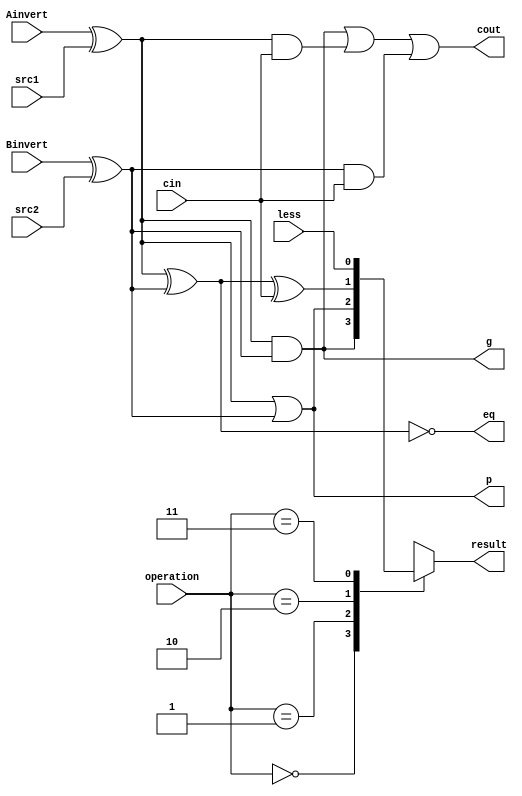
`timescale 1ns/1ps
module alu_1bit(        //7 input 5 output
	input				src1,       
	input				src2,       
	input				less,       //slt 1result1
	input 				Ainvert,  
	input				Binvert,    
    input 				cin,        
	input 	    [2-1:0] operation,  

    output reg          result,     
	output		        cout,       
	output				p,			
	output				g,			
	output				eq	
	);
	

    wire _and,_or_add;
    wire in1,in2;

	assign in1 = Ainvert ^ src1;
	assign in2 = Binvert ^ src2;

	assign _and = in1 & in2; // op=0
	assign _or = in1 | in2;  // op=1
	assign _add = in1 ^ in2 ^ cin; //op=2sum XOR

	assign p = _or;
   	assign g = _and;
	assign eq = ~(in1 ^ in2);//AB eq = 1
	assign cout = (in1 & in2) | (in1 & cin) | (in2 & cin);

	always @ (*) 
		begin
			case(operation)
				2'b00: result = _and;
				2'b01: result = _or;				
				2'b10: result = _add;
				2'b11: result = less;
			endcase
		end

endmodule	//1 bit alu


//--------------------------------------------------------------------------------------------

module cla4(        //3 input  1 output
	input [4-1:0]	G,
	input [4-1:0]	P,
	input			cin,
	output [4-1:0]	cout
	);

	assign cout[0] = G[0] | (P[0] & cin);
   	assign cout[1] = G[1] | (P[1] & G[0]) | (P[1] & P[0] & cin);
  	assign cout[2] = G[2] | (P[2] & G[1]) | (P[2] & P[1] & G[0]) | (P[2] & P[1] & P[0] & cin);
   	assign cout[3] = G[3] | (P[3] & G[2]) | (P[3] & P[2] & G[1]) | (P[3] & P[2] & P[1] & G[0]) | (P[3] & P[2] & P[1] & P[0] & cin);
endmodule	//cla4

//------------------------------------------------------------------------------------------
// 1 bit alu  output eq

/*module alu_4bit(    //7 input 2 output
	input [4-1:0]	src1, 
	input [4-1:0]	src2, 
    input			less, 
    input			Ainvert, 
    input			Binvert, 
    input			cin, 
    input [2-1:0]	operation, 

    output	reg [4-1:0]	result,
    output			    cout
	);

	wire [4-1:0] res;
	wire [4-1:0] per_cout;
	wire [4-1:0] p,g;

	cla4 cl(
		.G(g),
		.P(p),
		.cin(cin),
		.cout(per_cout)
	);
	alu_1bit a1(
		.src1(src1[0]),
        .src2(src2[0]),
        .less(less),
        .Ainvert(Ainvert),
    	.Binvert(Binvert),
        .cin(cin),
        .operation(operation),

        .result(res[0]),
        .p(p[0]),
        .g(g[0])
    );
   alu_1bit a2(
	    .src1(src1[1]),
        .src2(src2[1]),
        .less(less),
        .Ainvert(Ainvert),
        .Binvert(Binvert),
        .cin(per_cout[0]),
        .operation(operation),

        .result(res[1]),
        .p(p[1]),
        .g(g[1])
	);

   alu_1bit a3(
	    .src1(src1[2]),
        .src2(src2[2]),
    	.less(less),
        .Ainvert(Ainvert),
        .Binvert(Binvert),
        .cin(per_cout[1]),
        .operation(operation),
        .result(res[2]),
        .p(p[2]),
        .g(g[2])
    );

   alu_1bit a4(
	    .src1(src1[3]),
        .src2(src2[3]),
        .less(less),
        .Ainvert(Ainvert),
        .Binvert(Binvert),
        .cin(per_cout[2]),
        .operation(operation),
        .result(res[3]),
        .p(p[3]),
        .g(g[3])
    );

	assign cout = per_cout[3];
	always @ (*)
		begin
			result = res;
		end

endmodule //4 bit alu*/

//-----------------------------------------------------------------------------------------------------------
module cla8 (   //3 input 3output
	input [8-1:0] G, 
	input [8-1:0] P, 
    input 	cin,
    output [8-1:0] cout,
	output	Pout,
    output	Gout
    ) ;

   wire   pw, gw;
   
   assign cout[0] = G[0] | (P[0] & cin);
   assign cout[1] = G[1] | (P[1] & G[0]) | (P[1] & P[0] & cin);
   assign cout[2] = G[2] | (P[2] & G[1]) | (P[2] & P[1] & G[0]) | (P[2] & P[1] & P[0] & cin);
   assign cout[3] = G[3] | (P[3] & G[2]) | (P[3] & P[2] & G[1]) | (P[3] & P[2] & P[1] & G[0]) | (P[3] & P[2] & P[1] & P[0] & cin);
   assign cout[4] = G[4] | (P[4] & G[3]) | (P[4] & P[3] & G[2]) | (P[4] & P[3] & P[2] & G[1]) | (P[4] & P[3] & P[2] & P[1] & G[0]) | (P[4] & P[3] & P[2] & P[1] & P[0] & cin);
   assign cout[5] = G[5] | (P[5] & G[4]) | (P[5] & P[4] & G[3]) | (P[5] & P[4] & P[3] & G[2]) | (P[5] & P[4] & P[3] & P[2] & G[1]) | (P[5] & P[4] & P[3] & P[2] & P[1] & G[0]) | (P[5] & P[4] & P[3] & P[2] & P[1] & P[0] & cin);
   assign cout[6] = G[6] | (P[6] & G[5]) | (P[6] & P[5] & G[4]) | (P[6] & P[5] & P[4] & G[3]) | (P[6] & P[5] & P[4] & P[3] & G[2]) | (P[6] & P[5] & P[4] & P[3] & P[2] & G[1]) | (P[6] & P[5] & P[4] & P[3] & P[2] & P[1] & G[0]) | (P[6] & P[5] & P[4] & P[3] & P[2] & P[1] & P[0] & cin);
   
   assign gw = G[7] | (P[7] & G[6]) | (P[7] & P[6] & G[5]) | (P[7] & P[6] & P[5] & G[4]) | (P[7] & P[6] & P[5] & P[4] & G[3]) | (P[7] & P[6] & P[5] & P[4] & P[3] & G[2]) | (P[7] & P[6] & P[5] & P[4] & P[3] & P[2] & G[1]) | (P[7] & P[6] & P[5] & P[4] & P[3] & P[2] & P[1] & G[0]) ;
   assign pw = (P[7] & P[6] & P[5] & P[4] & P[3] & P[2] & P[1] & P[0]);
   
   assign cout[7] = gw | (pw & cin);
   
   assign Pout = pw;
   assign Gout = gw;
   
endmodule // 8 bit cla generator cla8

//---------------------------------------------------------------------------------------
module alu_8bit ( //7 input 5 outpur  1bit alu 
    input [8-1:0]	src1, 
    input [8-1:0]	src2, 
    input			less, 
    input			Ainvert, 
    input			Binvert, 
    input			cin, 
    input [2-1:0]	operation,
    
	output [8-1:0]	result,     // reg
    output [8-1:0]	cout,       
    output 			P, 
	output 			G, 
	output [8-1:0]	eq          // 8 bit bitwise eq = 0 bit
    );

    wire [8-1:0]    per_cout;
    wire [8-1:0]    p, g;
   
    cla8 cl(.G(g),
           .P(p),
           .cin(cin),
           .cout(per_cout),
           .Pout(P),
           .Gout(G)
           );
   
   
    alu_1bit a1(
        .src1(src1[0]),
        .src2(src2[0]),
        .less(less),        // 1 bit alu less 
        .Ainvert(Ainvert),
        .Binvert(Binvert),
        .cin(cin),
        .operation(operation),
        .result(result[0]),
        .p(p[0]),
        .g(g[0]),
	    .eq(eq[0])
        );

    alu_1bit a2(
        .src1(src1[1]),
        .src2(src2[1]),
        .less(1'b0),
        .Ainvert(Ainvert),
        .Binvert(Binvert),
        .cin(per_cout[0]),
        .operation(operation),
        .result(result[1]),
        .p(p[1]),
        .g(g[1]),
	    .eq(eq[1])
        );

    alu_1bit a3(
        .src1(src1[2]),
        .src2(src2[2]),
        .less(1'b0),
        .Ainvert(Ainvert),
        .Binvert(Binvert),
        .cin(per_cout[1]),
        .operation(operation),
        .result(result[2]),
        .p(p[2]),
        .g(g[2]),
	    .eq(eq[2])	      
        );

    alu_1bit a4(
        .src1(src1[3]),
        .src2(src2[3]),
        .less(1'b0),
        .Ainvert(Ainvert),
        .Binvert(Binvert),
        .cin(per_cout[2]),
        .operation(operation),
        .result(result[3]),
        .p(p[3]),
        .g(g[3]),
	    .eq(eq[3])
        );

    alu_1bit a5(
        .src1(src1[4]),
        .src2(src2[4]),
        .less(1'b0),
        .Ainvert(Ainvert),
        .Binvert(Binvert),
        .cin(per_cout[3]),
        .operation(operation),
        .result(result[4]),
        .p(p[4]),
        .g(g[4]),
	    .eq(eq[4])
        );

    alu_1bit a6(
        .src1(src1[5]),
        .src2(src2[5]),
        .less(1'b0),
        .Ainvert(Ainvert),
        .Binvert(Binvert),
        .cin(per_cout[4]),
        .operation(operation),
        .result(result[5]),
        .p(p[5]),
        .g(g[5]),
	    .eq(eq[5])
        );

    alu_1bit a7(
        .src1(src1[6]),
        .src2(src2[6]),
        .less(1'b0),
        .Ainvert(Ainvert),
        .Binvert(Binvert),
        .cin(per_cout[5]),
        .operation(operation),
        .result(result[6]),
        .p(p[6]),
        .g(g[6]),
	    .eq(eq[6])	      
        );

    alu_1bit a8(
        .src1(src1[7]),
        .src2(src2[7]),
        .less(1'b0),
        .Ainvert(Ainvert),
        .Binvert(Binvert),
        .cin(per_cout[6]),
        .operation(operation),
        .result(result[7]),
        .p(p[7]),
        .g(g[7]),
	    .eq(eq[7])	      
        );

   
   assign cout = per_cout;

endmodule // alu8

//-------------------------------------------------------------------------------------------------

module alu32 ( //7 input5 output
    input [32-1:0]  src1, 
    input [32-1:0]  src2, 
    input           less,  
    input           Ainvert,
    input           Binvert,
    input           cin, 
    input [2-1:0]   operation,

    output [32-1:0] result, 
    output          cout, 
	output [32-1:0] eq,         //AB bit  eq 0
	output          overflow,   //ZCVV
    output          Sign        
    );

   wire [4-1:0]     per_cout;
   wire [4-1:0]     p, g;
   wire [8-1:0]     over;       // 8bit alu  MSB  bit  cin 32 bit MSB 

   
    //top level carry look ahead
    cla4 cl(
        .G(g),
        .P(p),
        .cin(cin),
        .cout(per_cout)
        );

    alu_8bit e1(
       .src1(src1[8-1:0]),
        .src2(src2[8-1:0]),
        .less(less),
        .Ainvert(Ainvert),
        .Binvert(Binvert),
        .cin(cin),
        .operation(operation),
        .result(result[8-1:0]),
        .P(p[0]),
        .G(g[0]),
	    .eq(eq[8-1:0])
        );

    alu_8bit e2(
        .src1(src1[16-1:8]),
        .src2(src2[16-1:8]),
        .less(1'b0),
        .Ainvert(Ainvert),
        .Binvert(Binvert),
        .cin(per_cout[0]),
        .operation(operation),
        .result(result[16-1:8]),
        .P(p[1]),
        .G(g[1]),
	    .eq(eq[16-1:8])           
        );

    alu_8bit e3(
        .src1(src1[24-1:16]),
        .src2(src2[24-1:16]),
        .less(1'b0),
        .Ainvert(Ainvert),
        .Binvert(Binvert),
        .cin(per_cout[1]),
        .operation(operation),
        .result(result[24-1:16]),
        .P(p[2]),
        .G(g[2]),
	    .eq(eq[24-1:16])
        );

    alu_8bit e4(
        .src1(src1[32-1:24]),
        .src2(src2[32-1:24]),
        .less(1'b0),
        .Ainvert(Ainvert),
        .Binvert(Binvert),
        .cin(per_cout[2]),
        .operation(operation),
        .result(result[32-1:24]),
        .P(p[3]),
        .G(g[3]),
	    .eq(eq[32-1:24]),
	    .cout(over) //cout over,overflow MSB cincout
        );
   
   
   
    assign cout = per_cout[3];
    assign overflow = per_cout[3] ^ over[6]; //V = MSBcout xor MSBcin
    assign Sign = ~eq[31] ^ over[6];          //result[31]01
    //eq[31] == 1  AB  MSB  over[6] MSB Cin
    //2*2 AB Cin = 11full adder sum = A^B^Cin 
    //  ~eq\over  |    0    |    1
    //  0         |    0    |    1        
    //  1         |    1    |    0

endmodule // alu32